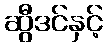
ဆွီဒင်နှင့်